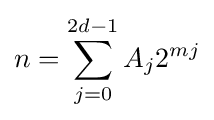
n=\sum _{j=0}^{2d-1}A_{j}2^{mj}